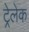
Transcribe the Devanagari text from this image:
ट्रेलेक